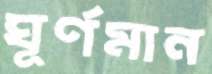
ঘূর্ণমান